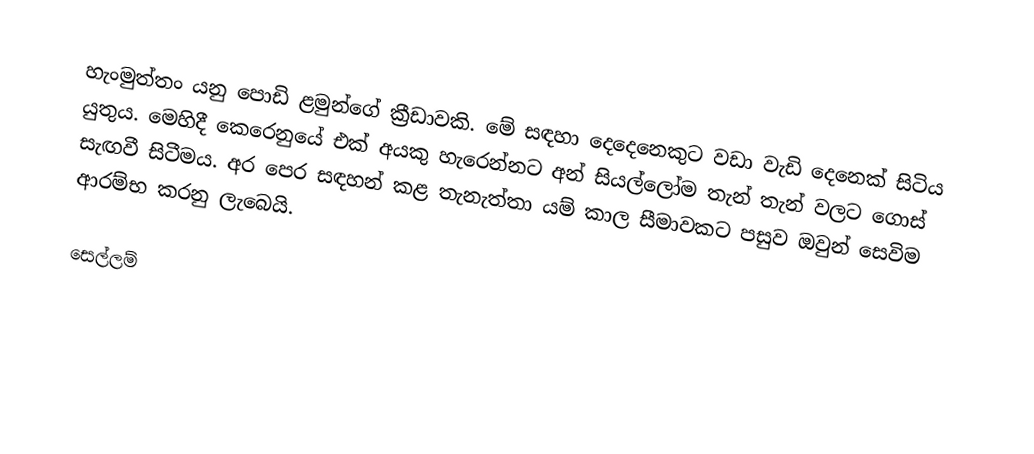
හැංමුත්තං යනු පොඩි ළමුන්ගේ ක්‍රීඩාවකි. මේ සඳහා දෙදෙනෙකුට වඩා වැඩි දෙනෙක් සිටිය යුතුය. මෙහිදී කෙරෙනුයේ එක් අයකු හැරෙන්නට අන් සියල්ලෝම තැන් තැන් වලට ගොස් සැඟවී සිටීමය. අර පෙර සඳහන් කළ තැනැත්තා යම් කාල සීමාවකට පසුව ඔවුන් සෙවිම ආරම්භ කරනු ලැබෙයි.

සෙල්ලම්